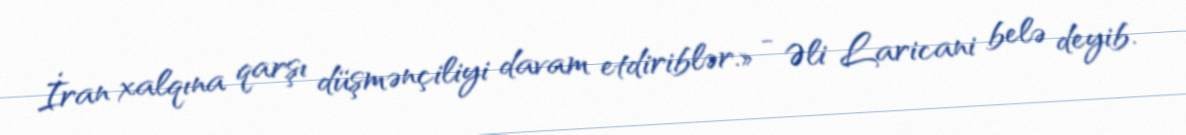
İran xalqına qarşı düşmənçiliyi davam etdiriblər.» - Əli Laricani belə deyib.